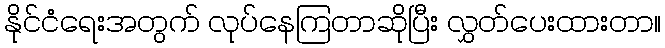
နိုင်ငံရေးအတွက် လုပ်နေကြတာဆိုပြီး လွှတ်ပေးထားတာ။